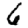
Digit: 6